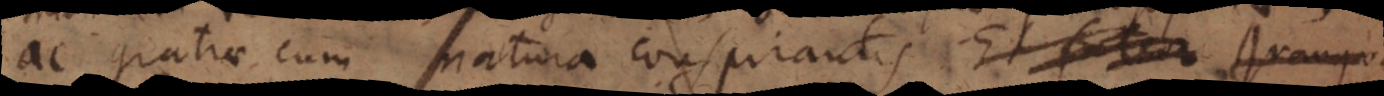
ac gratiae cum natura conspirantis Et fateor